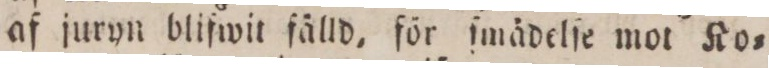
af juryn blifwit fälld, för ſmädelſe mot Ko=